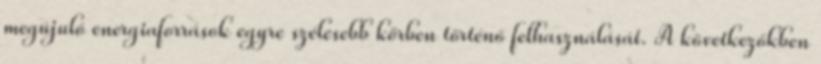
megújuló energiaforrások egyre szélesebb körben történő felhasználását. A következőkben